Newspaper: Frostburg mining journal. [volume]
Place of publication: Frostburg, Md.
Publisher: J.R. Grove, J.B. Oder
Date: 1885-02-28 00:00:00
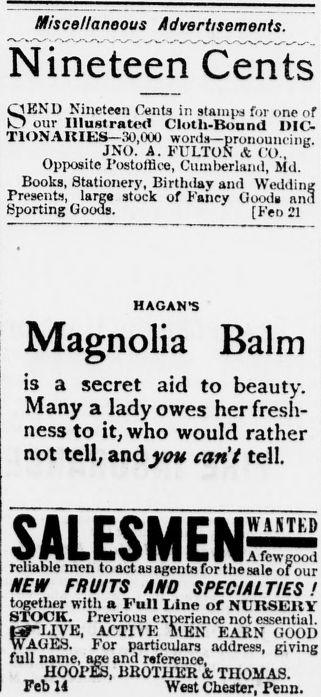
Advertisement text (OCR):
Miscellaneous Advertisements. Nineteen Cents SKNL) Nineteen Cents in stamps for one of our Illustrated Cloth-Bound I>IC- TIONAKIfciS—3O,OOO words—pronouncing JNO. A. FULTON & CO., Opposite I’ostolfice, Cumberland, Mil. Books, Stationery, Birthday and Wedding Presents, large stock of Faiiey Ooody and Sporting Goods. [Feo2l HAGAN'S Magnolia Balm is a secret aid to beauty. Many a lady owes her fresh ness to it, who would rather not tell, and you can’t tell. reliable men to act as agents for the sale of our NEW FRUITS AND SPECIALTIES! together with a Full Line or NURSERY STOCK. Previous experience not essential. MTLIVE, ACTIVE MEN EARN GOOD WAGES. For particulars address, giving full name, age and reference, HOOPES, BROTHER & THOMAS. Feb 11 West Chester, Penn.
Label: text-only